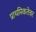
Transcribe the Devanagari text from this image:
प्राथमिकतेवर